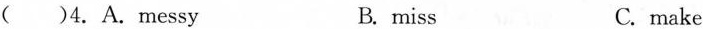
( )4. A.messy B. miss C.make